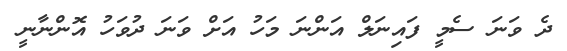
ދެ ވަނަ ސެމީ ފައިނަލް އަންނަ މަހު އަށް ވަނަ ދުވަހު އޮންނާނީ